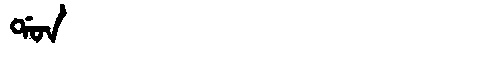
Manchu: ᡩᠣᠨ
Romanization: DON